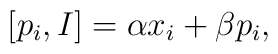
\hspace{+5em} [p_i,I] = \alpha x_i+\beta p_i,